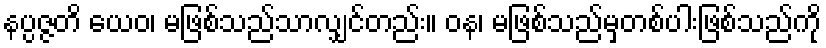
နပ္ပဇ္ဇတိ ယေဝ၊ မဖြစ်သည်သာလျှင်တည်း။ ဝန၊ မဖြစ်သည်မှတစ်ပါးဖြစ်သည်ကို